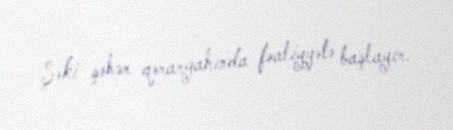
Şəki şəhər qərargahında fəaliyyətə başlayır.